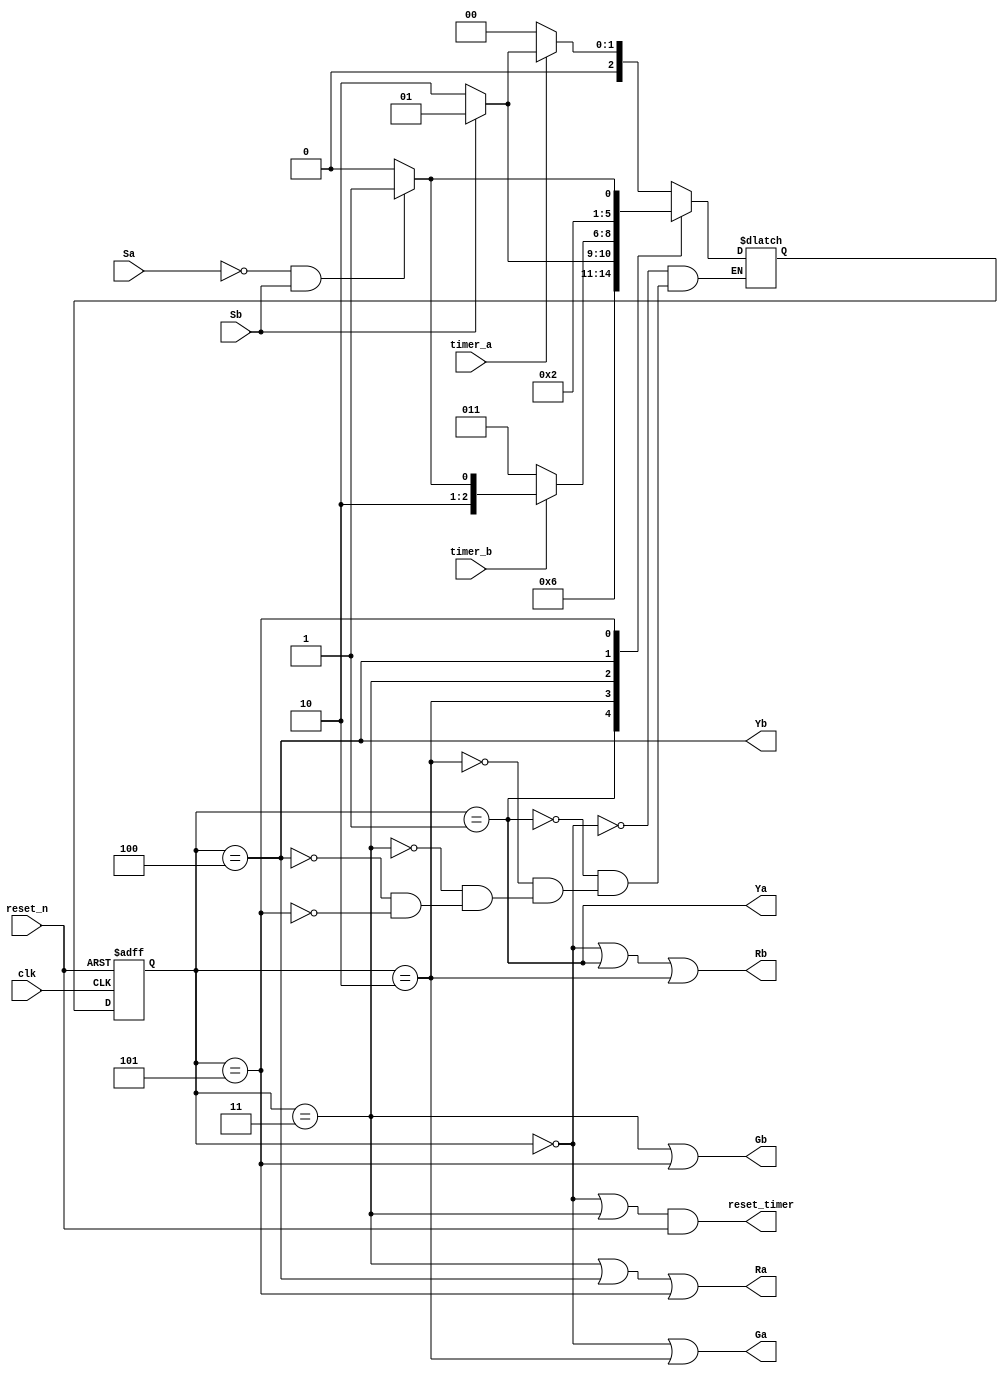
`timescale 1ns / 1ps
//////////////////////////////////////////////////////////////////////////////////
// Company: 
// Engineer: 
// 
// Design Name: 
// Module Name: traffic_controller
// Project Name: 
// Target Devices: 
// Tool Versions: 
// Description: 
// 
// Dependencies: 
// 
// Revision:
// Revision 0.01 - File Created
// Additional Comments:
// 
//////////////////////////////////////////////////////////////////////////////////


module traffic_controller(
    input clk,
    input reset_n,
    input Sa,
    input Sb,
    input timer_a,timer_b,
    output reset_timer,
    output Ga,
    output Ya,
    output Ra,
    output Gb,
    output Yb,
    output Rb
    );
    parameter s0=0,s1=1,s2=2,s3=3,s4=4,s5=5;
    reg [2:0] curr_state,next_state;
    always @(posedge clk, negedge reset_n)
    begin
        if(~reset_n)
        begin
            curr_state <= s0;
        end
        else
            curr_state <= next_state;
    end
    always @(*)
    begin
        case(curr_state)
            s0: begin
                    if(~timer_a)
                        next_state = s0;
                    else if(Sb)
                        next_state = s1;
                    else
                        next_state = s2;
                end
            s1: begin
                    next_state = s3;
                end
            s2: begin
                    if(~Sb)
                        next_state = s2;
                    else
                        next_state = s1;
                end
            s3: begin
                    if(~timer_b)
                        next_state = s3;
                    else if (~Sa && Sb)
                        next_state = s5;
                    else
                        next_state = s4;   
                end
            s4: next_state = s0;
            s5: begin
                    if(~Sa && Sb)
                        next_state = s5;
                    else
                        next_state = s4;
                end
        endcase
    end
    assign reset_timer = (curr_state == s0 || curr_state == s3) && reset_n ;
    assign Ga = curr_state == s0 || curr_state == s2 ;
    assign Ya = curr_state == s1 ;
    assign Ra = curr_state == s3 || curr_state == s4 || curr_state == s5 ;
    assign Gb = curr_state == s3 || curr_state == s5 ;
    assign Yb = curr_state == s4 ;
    assign Rb = curr_state == s0 || curr_state == s1 || curr_state == s2 ;
endmodule